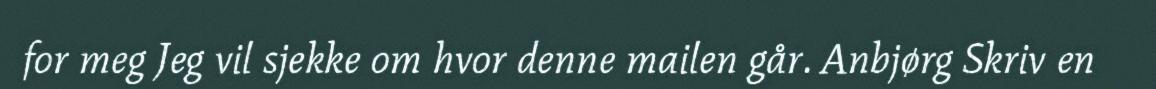
for meg Jeg vil sjekke om hvor denne mailen går. Anbjørg Skriv en